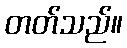
တတ်သည်။